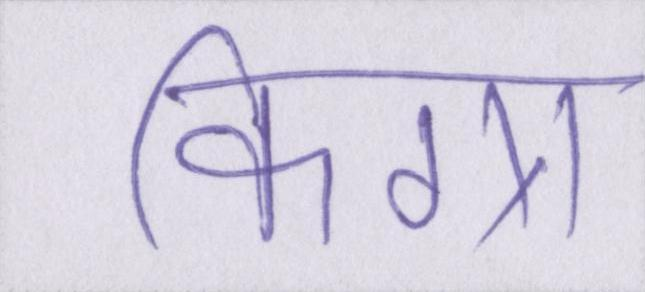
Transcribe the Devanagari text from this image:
किग्रा